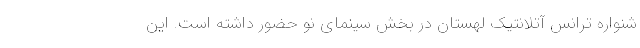
شنواره ترانس آتلانتیک لهستان در بخش سینمای نو حضور داشته است. این